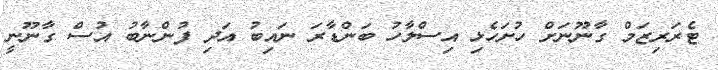
ޓެރަރިޒަމް ގާނޫނަށް ހުށަހެޅި އިސްލާހު ބަންޑާރަ ނައިބު އަދި ފުންނާބު އުސް ގާނޫނީ